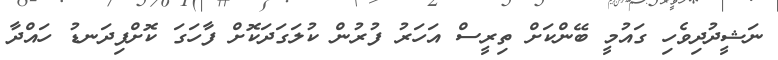
ނަޝީދުދިވެހި ގައުމީ ބޭންކަށް ތިރީސް އަހަރު ފުރުން ކުލަގަދަކޮށް ފާހަގަ ކޮށްފިދަނޑު ހައްދާ